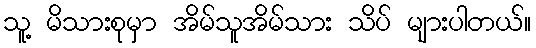
သူ့ မိသားစုမှာ အိမ်သူအိမ်သား သိပ် များပါတယ်။